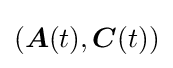
({\boldsymbol {A}}(t),{\boldsymbol {C}}(t))